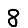
Digit: 8